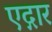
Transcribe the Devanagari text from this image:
एद्गार